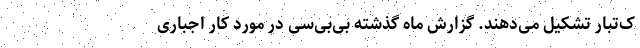
ک‌تبار تشکیل می‌دهند. گزارش ماه گذشته بی‌بی‌سی در مورد کار اجباری